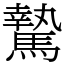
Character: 騺